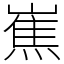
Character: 嶣